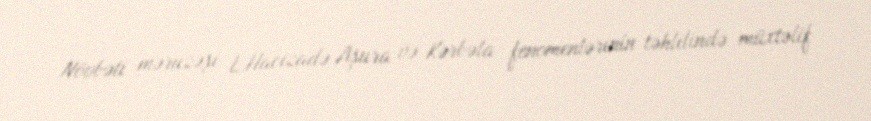
Növbəti məruzəşi L.Hacızadə Aşura və Kərbəla fenomenlərinin təhlilində müxtəlif